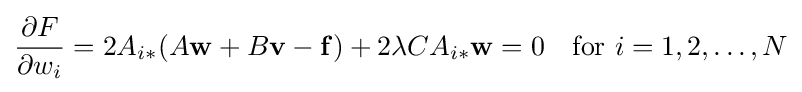
{\frac {\partial F}{\partial w_{i}}}=2A_{i*}(A\mathbf {w} +B\mathbf {v} -\mathbf {f} )+2\lambda CA_{i*}\mathbf {w} =0\quad {\textrm {for}}\ i=1,2,\ldots ,N